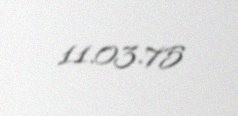
11.03.75